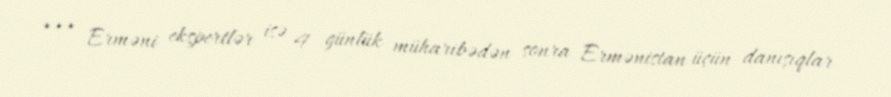
*** Erməni ekspertlər isə 4 günlük müharibədən sonra Ermənistan üçün danışıqlar